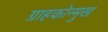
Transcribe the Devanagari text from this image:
ग्राहकोन्मुख